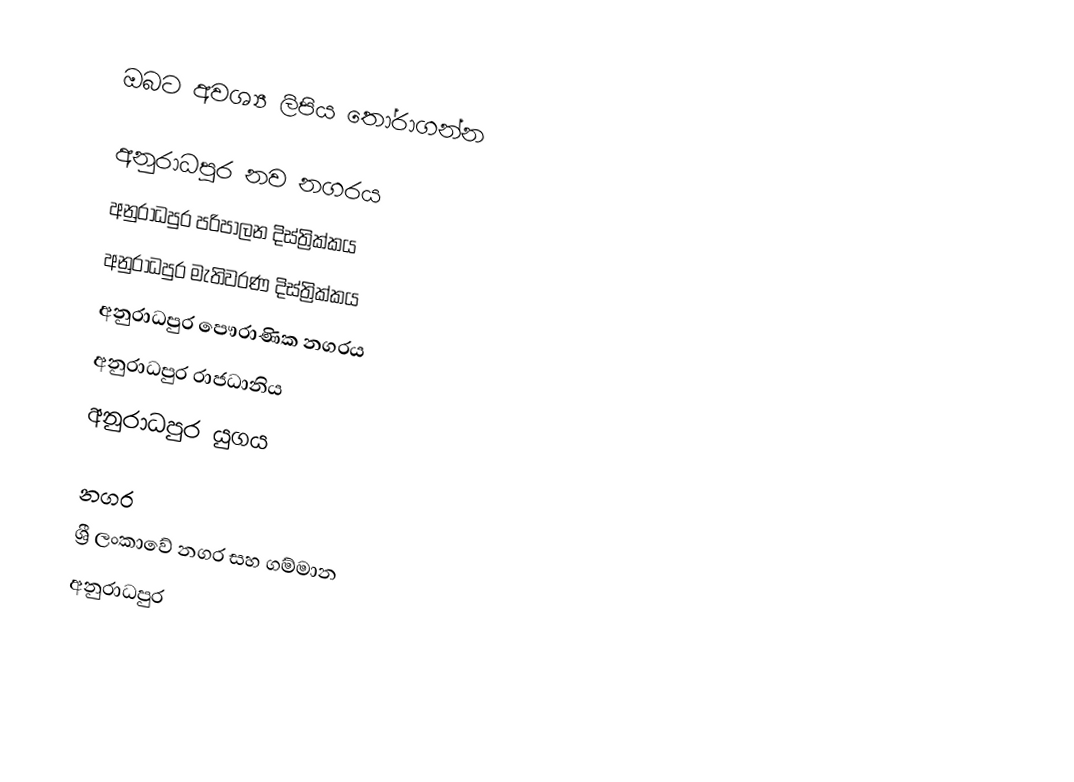
ඔබට අවශ්‍ය ලිපිය තෝරාගන්න

 අනුරාධපුර නව නගරය
 අනුරාධපුර පරිපාලන දිස්ත්‍රික්කය
 අනුරාධපුර මැතිවරණ දිස්ත්‍රික්කය
 අනුරාධපුර පෞරාණික නගරය
 අනුරාධපුර රාජධානිය
 අනුරාධපුර යුගය

නගර
ශ්‍රී ලංකාවේ නගර සහ ගම්මාන
අනුරාධපුර